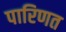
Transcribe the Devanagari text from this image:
पारिणत